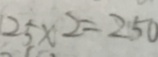
2 5 \times 2 = 2 5 0